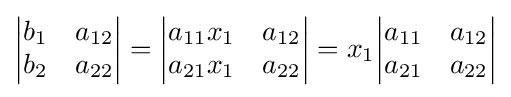
{\begin{vmatrix}b_{1}&a_{12}\\b_{2}&a_{22}\end{vmatrix}}={\begin{vmatrix}a_{11}x_{1}&a_{12}\\a_{21}x_{1}&a_{22}\end{vmatrix}}=x_{1}{\begin{vmatrix}a_{11}&a_{12}\\a_{21}&a_{22}\end{vmatrix}}